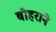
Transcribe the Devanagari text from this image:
बोहराने